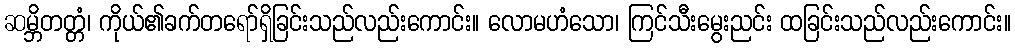
ဆမ္ဘိတတ္တံ၊ ကိုယ်၏ခက်တရော်ရှိခြင်းသည်လည်းကောင်း။ လောမဟံသော၊ ကြင်သီးမွေးညင်း ထခြင်းသည်လည်းကောင်း။